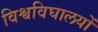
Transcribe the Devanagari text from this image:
विश्वविघालयों